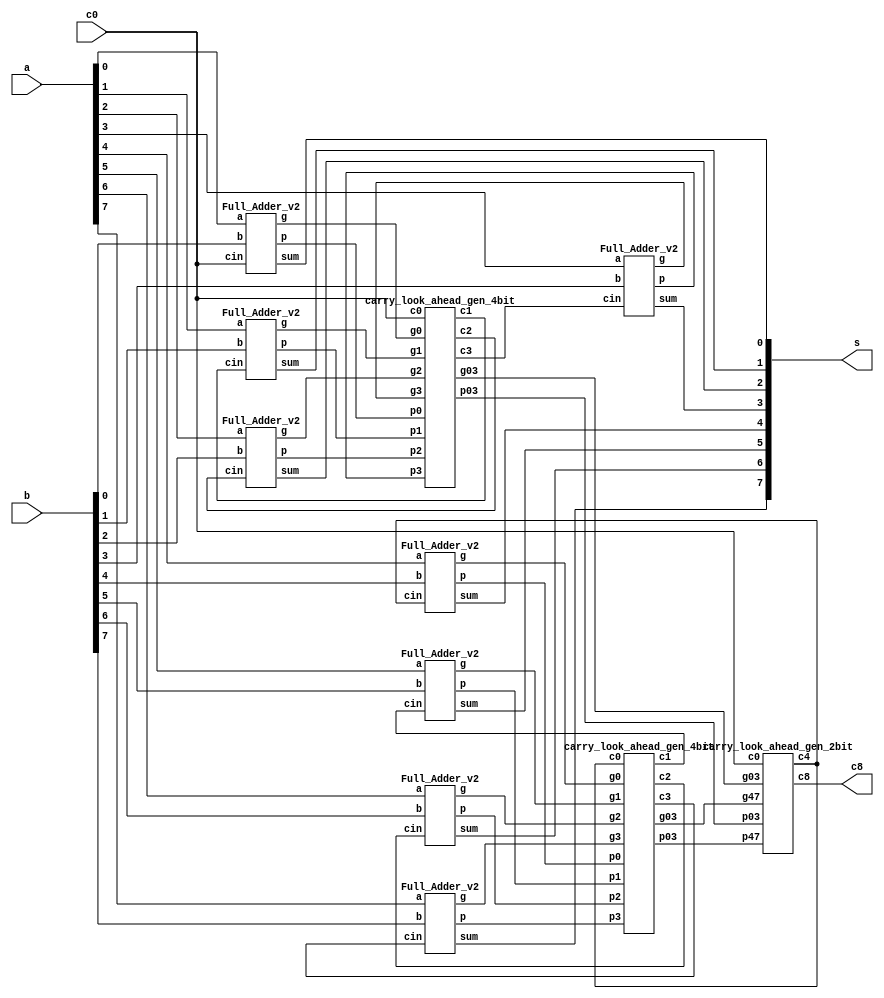
`timescale 1ns/1ps

module Carry_Look_Ahead_Adder_8bit(a, b, c0, s, c8);
input [7:0] a, b;
input c0;
output [7:0] s;
output c8;

wire p0,g0,p1,g1,p2,g2,p3,g3,p4,g4,p5,g5,p6,g6,p7,g7;
wire c1,c2,c3,c4,c5,c6,c7;
wire [3:0] p03,g03,p47,g47;

Full_Adder_v2 FA1(a[0],b[0],c0,p0,g0,s[0]);
Full_Adder_v2 FA2(a[1],b[1],c1,p1,g1,s[1]);
Full_Adder_v2 FA3(a[2],b[2],c2,p2,g2,s[2]);
Full_Adder_v2 FA4(a[3],b[3],c3,p3,g3,s[3]);
Full_Adder_v2 FA5(a[4],b[4],c4,p4,g4,s[4]);
Full_Adder_v2 FA6(a[5],b[5],c5,p5,g5,s[5]);
Full_Adder_v2 FA7(a[6],b[6],c6,p6,g6,s[6]);
Full_Adder_v2 FA8(a[7],b[7],c7,p7,g7,s[7]);

carry_look_ahead_gen_4bit CLAG1(c0,p0,g0,p1,g1,p2,g2,p3,g3,c1,c2,c3,p03,g03);
carry_look_ahead_gen_4bit CLAG2(c4,p4,g4,p5,g5,p6,g6,p7,g7,c5,c6,c7,p47,g47);

carry_look_ahead_gen_2bit CLAG3(c0,p03,g03,p47,g47,c4,c8);
endmodule

module universal_gate(out,in1,in2);
input in1,in2;
output out;
wire w;
not NOT(w,in2);
and AND(out,in1,w);
endmodule

module Full_Adder_v2 (a, b, cin, p, g, sum);
input a, b, cin;
output p, g, sum;

XOR Xor1(p,a,b);
XOR Xor2(sum,p,cin);
AND And1(g,a,b);
endmodule

module carry_look_ahead_gen_4bit(c0,p0,g0,p1,g1,p2,g2,p3,g3,c1,c2,c3,p03,g03);

input c0,p0,g0,p1,g1,p2,g2,p3,g3;
output c1,c2,c3;
output [3:0]p03,g03;

wire w1;
wire [3:0]w2;
wire [4:0] w3;

AND And_c1(w1,p0,c0);  //generate c1
OR Or_c1(c1,g0,w1);

AND And_c2_1(w2[0],p1,g0); //generate c2
AND And_c2_2(w2[1],p1,w1);
OR Or_c2_1(w2[3],g1,w2[0]);
OR Or_c2_2(c2,w2[3],w2[1]);

AND And_c3_1(w3[0],p2,g1); //generate c3
AND And_c3_2(w3[1],p2,w2[0]);
AND And_c3_3(w3[2],p2,w2[1]);
OR Or_c3_1(w3[3],g2,w3[0]);
OR Or_c3_2(w3[4],w3[3],w3[1]);
OR Or_c3_3(c3,w3[4],w3[2]);

AND And_g03_1(g03[0],g0,1'b1); //generate g03
AND And_g03_2(g03[1],g1,1'b1);
AND And_g03_3(g03[2],g2,1'b1);
AND And_g03_4(g03[3],g3,1'b1);

AND And_p03_1(p03[0],p0,1'b1); //generate p03
AND And_p03_2(p03[1],p1,1'b1);
AND And_p03_3(p03[2],p2,1'b1);
AND And_p03_4(p03[3],p3,1'b1);
endmodule

module carry_look_ahead_gen_2bit(c0,p03,g03,p47,g47,c4,c8);
input c0;
input [3:0] p03,g03,p47,g47;
output c4,c8;

wire w1,w2,w3,w4,w5,w6,w7,w8;
wire c1,c2,c3,c5,c6,c7;

AND And_c1(w1,p03[0],c0);  //generate c1
OR Or_c1(c1,g03[0],w1);

AND And_c2(w2,c1,p03[1]); //generate c2
OR Or_c2(c2,g03[1],w2);

AND And_c3(w3,c2,p03[2]); //generate c3
OR Or_c3_1(c3,g03[2],w3);

AND And_c4(w4,p03[3],c3);  //generate c4
OR Or_c4(c4,g03[3],w4);

AND And_c5(w5,c4,p47[0]); //generate c5
OR Or_c5(c5,g47[0],w5);

AND And_c6(w6,c5,p47[1]); //generate c6
OR Or_c6(c6,g47[1],w6);

AND And_c7(w7,c6,p47[2]); //generate c7
OR Or_c7(c7,g47[2],w7);

AND And_c8(w8,c7,p47[3]); //generate c8
OR Or_c8(c8,g47[3],w8);

endmodule

module NOT(out,in);
input in;
output out;
universal_gate G1(out,1'b1,in);
endmodule

module AND(out,in1,in2);
input in1,in2;
output out;
wire w;
NOT Not1(w,in2);
universal_gate G1(out,in1,w);
endmodule

module OR(out, in1,in2);
input in1,in2;
output out;
wire [1:0]w;

NOT N1(w[0],in1);
universal_gate G1(w[1],w[0],in2);
NOT N2(out,w[1]);
endmodule

module XOR(out,in1,in2);
input in1,in2;
output out;

wire w1,w2;
universal_gate G1(w1,in1,in2);
universal_gate G2(w2,in2,in1);
OR or1(out,w1,w2);
endmodule